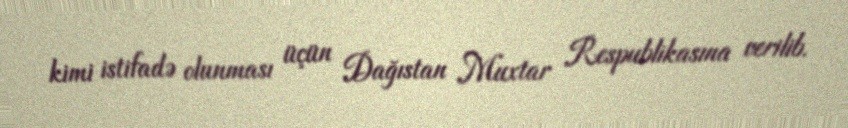
kimi istifadə olunması üçün Dağıstan Muxtar Respublikasına verilib.